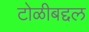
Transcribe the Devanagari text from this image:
टोळीबद्दल